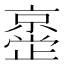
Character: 𫢂